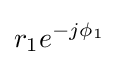
r_{1}e^{-j\phi _{1}}